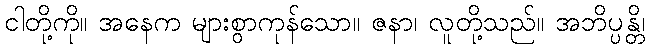
ငါတို့ကို။ အနေက များစွာကုန်သော။ ဇနာ၊ လူတို့သည်။ အဘိပ္ပန္တိ၊